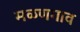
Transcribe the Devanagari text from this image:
मळणगाव